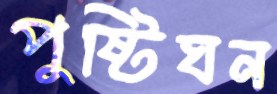
পুষ্টিঘন